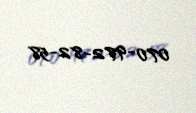
070-972-82-58